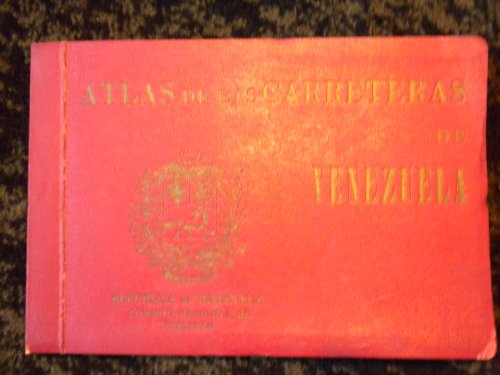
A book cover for Atlas de las Carreteras de Venezuela (Road Atlas of Venezuela); Travel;